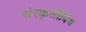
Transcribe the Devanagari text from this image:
संस्कृतीप्रिय